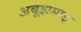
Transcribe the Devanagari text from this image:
अबूझमाड्